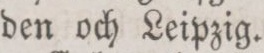
den och Leipzig.